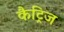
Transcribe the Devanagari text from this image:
कैट्रिज